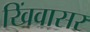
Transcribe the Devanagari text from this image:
खिंवासर